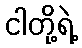
ငါတို့ရဲ့